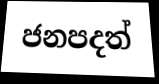
ජනපදත්